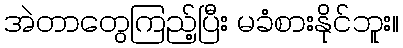
အဲတာတွေကြည့်ပြီး မခံစားနိုင်ဘူး။